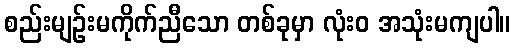
စည်းမျဉ်းမကိုက်ညီသော တစ်ခုမှာ လုံးဝ အသုံးမကျပါ။